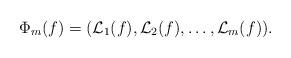
LaTeX: \begin{align*} \Phi_m(f)= (\mathcal{L}_1(f), \mathcal{L}_2(f), \dots, \mathcal{L}_m(f)). \end{align*}